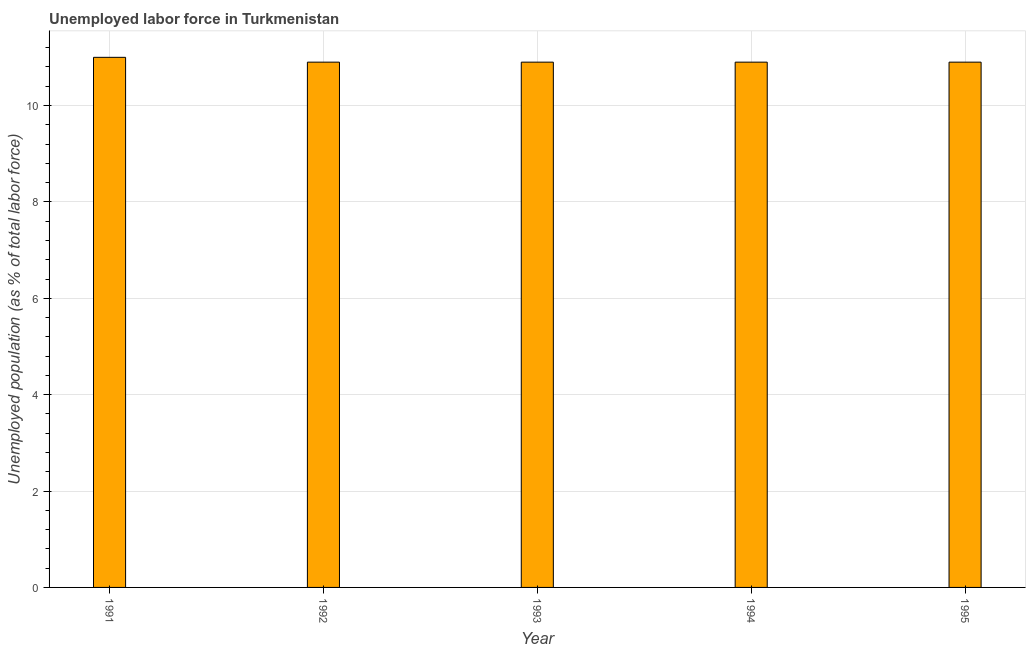
| Year | Unemployment |
 | --- | --- |
 | 1991 | 11 |
 | 1992 | 10.9 |
 | 1993 | 10.9 |
 | 1994 | 10.9 |
 | 1995 | 10.9 |